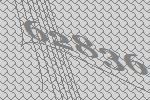
62836